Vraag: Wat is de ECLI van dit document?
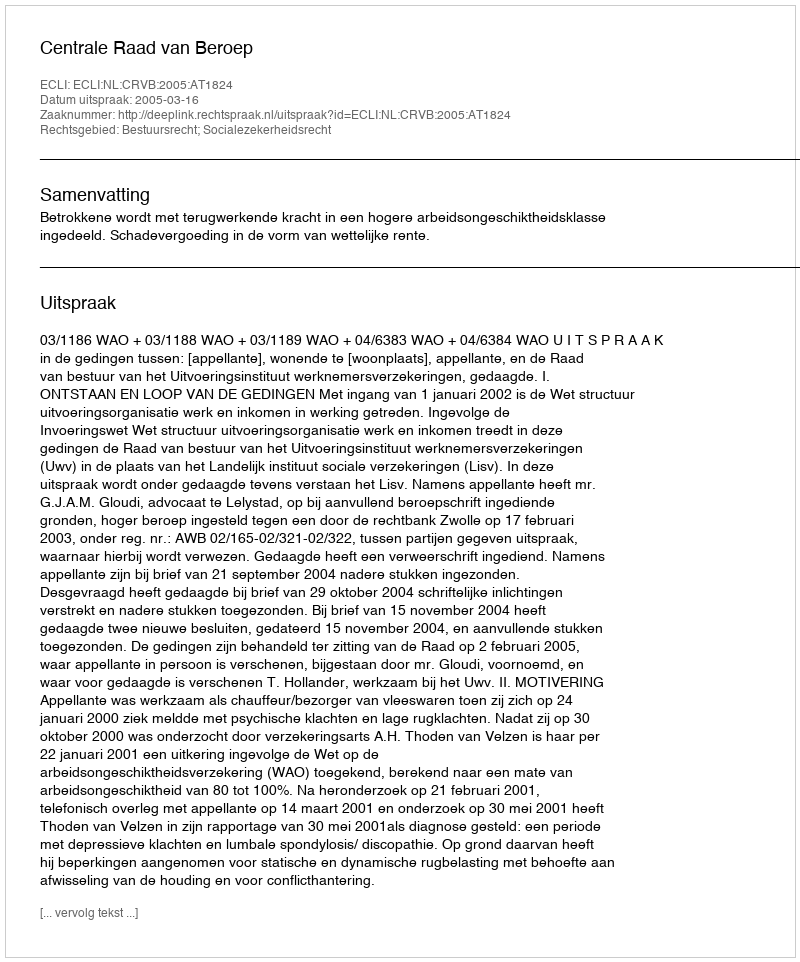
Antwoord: ECLI:NL:CRVB:2005:AT1824